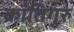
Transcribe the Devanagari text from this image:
क्रांतिगुरु